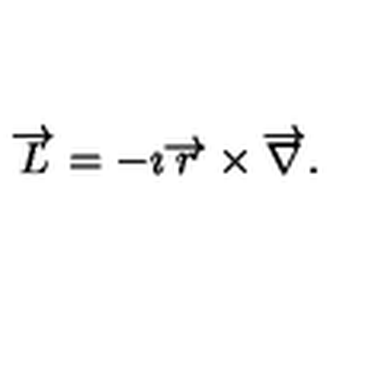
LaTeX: \overrightarrow { L } = - \imath \overrightarrow { r } \times \overrightarrow { \nabla } .